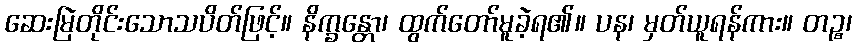
ဆေးမြဲတိုင်းသောသပိတ်ဖြင့်။ နိက္ခန္တော၊ ထွက်တော်မူခဲ့ရ၏။ ပန၊ မှတ်ယူရန်ကား။ တဉ္စ၊